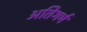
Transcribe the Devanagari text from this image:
अतिगर्म